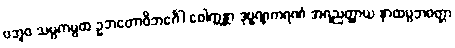
ဗဘူဝ သမ္ပကမ္ပထ ဥဘတောဝိဘင်္ဂေါ ဝေါက္ကန္တာ ဒုဗ္ဗဏ္ဏကရဏံ အရညတ္ထာယ နာထပ္ပဘဝတ္တာ